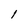
Character: 1